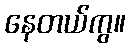
နေတယ်ကွ။